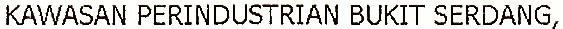
KAWASAN PERINDUSTRIAN BUKIT SERDANG,